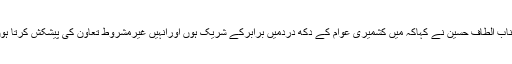
جناب الطاف حسین نے کہاکہ میں کشمیری عوام کے دکھ دردمیں برابرکے شریک ہوں اورانہیں غیرمشروط تعاون کی پیشکش کرتا ہوں۔